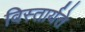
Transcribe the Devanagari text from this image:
विस्तार्यते